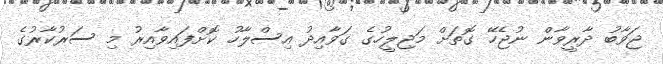
ޖަވާބު ދާރީވާން ނުޖެހޭ ގޮތަށް މަޖިލީހުގެ ގަވާއިދު އިސްލާހު ކޮށްފައިވާއިރު މި ސަރުކާރުގެ